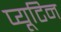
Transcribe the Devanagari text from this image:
प्यूटिन